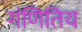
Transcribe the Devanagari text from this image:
गंणितिय